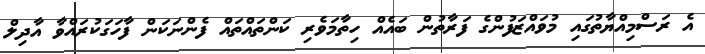
އެ ރަސްމިއްޔާތުގައި މުވައްޒަފުންގެ ފަރާތުން ބައެއް ހިތާމަވެރި ކަންތައްތައް ފެންނަކަން ފާހަގަކުރައްވާ އާދިލް